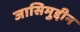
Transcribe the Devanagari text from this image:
जासिमुद्दीन